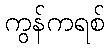
ကွန်ကရစ်